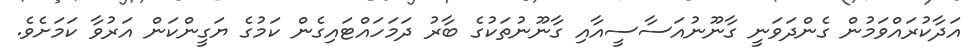
އަދާކުރައްވަމުން ގެންދަވަނީ ގާނޫނުއަސާސީއާއި ގާނޫނުތަކުގެ ބާރު ދަމަހައްޓައިގެން ކަމުގެ ޔަގީންކަން އަރުވާ ކަމަށެވެ.